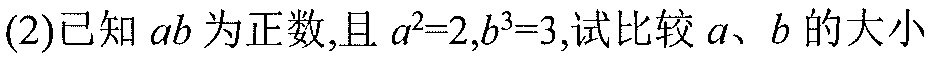
(2)已知\(a,b\)为正数,且\(a^{2}=2,b^{3}=3\),试比较\(a\)、\(b\)的大小